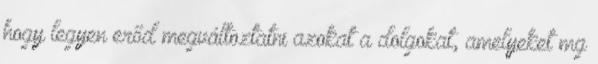
hogy legyen erőd megváltoztatni azokat a dolgokat, amelyeket mg